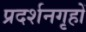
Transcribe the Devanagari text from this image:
प्रदर्शनगृहों